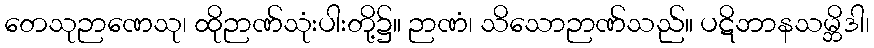
တေသုဉာဏေသု၊ ထိုဉာဏ်သုံးပါးတို့၌။ ဉာဏံ၊ သိသောဉာဏ်သည်။ ပဋိဘာနသမ္ဘိဒါ၊